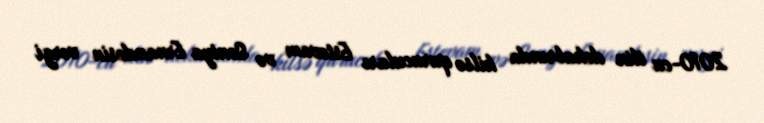
2010-cu ilin dekabrında kilsə qurucuları Estevam və Soniya Ernandesin vergi